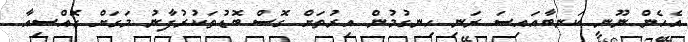
އެހެން ނޫނީ ކަނބާއައިސަ ރަނި ހިނގުމުން އިރުތަށް ގޮސް ބޮޑުތަކުރުފާނު މަގަށް ގޮއްސިއާ